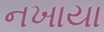
નખાયા